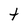
Character: t